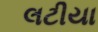
લટીયા